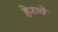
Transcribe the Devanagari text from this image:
हेरावे